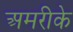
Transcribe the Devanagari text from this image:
अमरीके